Civil Veterinary Dept. North-West Frontier Province 1933-46 - 1933-1946
Year: 1933
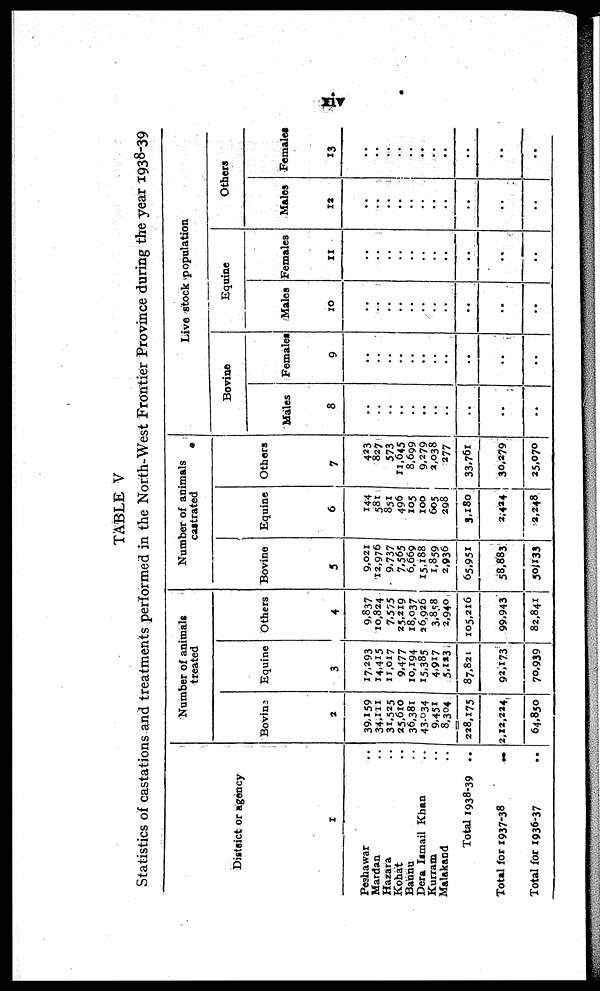
xiv
TABLE V
Statistics of castations and treatments performed in the North-West Frontier Province during the year 1938-39
District or agency
1
Peshawar ..
Mardan ..
Hazara ..
Kohat ..
Bannu ..
Dera Ismail Khan ..
Kurram ..
Malakand ..
Total 1938-39 ..
Total for 1937-38
..
Total for 1936-37 ..
Number of animals
treated
Bovine
2
39,159
34,111
31,525
25,610
36,381
43,034
9,451
8,304
228,175
2,22,224
64,850
Equine
3
17,293
14,415
11,017
9,477
10,194
15,385
4,917
5,123
87,821
92,173
70,939
Others
4
9,837
10,824
7,575
25,219
18,037
26,926
3.8.58
2,940
105,216
99.943
82,841
Number of animals
castrated
Bovine
5
9,021
12,976
9,737
7,565
6,669
15,188
1,859
2,936
65,951
58,883
50,1133
Equine
6
144
581
851
496
105
100
605
298
3,180
2,424
2,248
Others
7
423
827
573
11,645
8,699
9,279
2,038
277
33,761
30,279
25,070
Live stock population
Bovine
Males
8
..
..
..
..
..
..
..
..
..
..
..
Females
9
..
..
..
..
..
..
..
..
..
..
..
Equine
Males
10
..
..
..
..
..
..
..
..
..
..
..
Females
11
..
..
..
.
..
..
..
..
..
..
..
Others
Males
12
..
..
..
..
..
..
..
..
..
..
..
Females
13
..
..
..
..
..
..
..
..
..
..
..